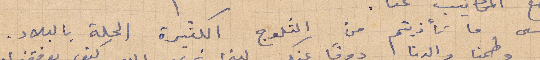
عسى ما تأذيتم من الثلوج الكثيرة الحلة بالبلاد.